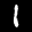
Label: 1